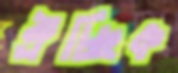
ঐচ্ছিক